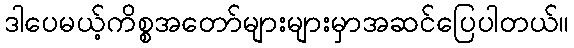
ဒါပေမယ့်ကိစ္စအတော်များများမှာအဆင်ပြေပါတယ်။